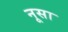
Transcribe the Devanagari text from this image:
नूसा